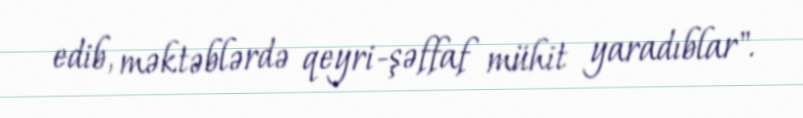
edib, məktəblərdə qeyri-şəffaf mühit yaradıblar".